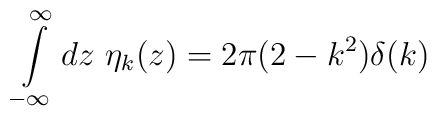
\int\limits_{-\infty}^{\infty} dz~ \eta _k (z) = 2 \pi (2 - k^2) \delta (k)